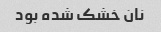
نان خشک شده بود